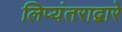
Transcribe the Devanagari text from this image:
लिप्यंतराद्वारे